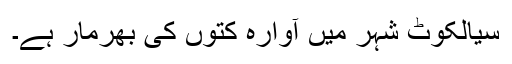
سیالکوٹ شہر میں آوارہ کتوں کی بھرمار ہے۔